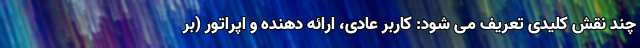
چند نقش کلیدی تعریف می شود: کاربر عادی، ارائه دهنده و اپراتور (بر